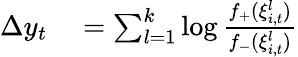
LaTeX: \begin{array}{rl}{\Delta y_{t}}&{{}=\sum_{l=1}^{k}\log\frac{f_{+}(\xi_{i,t}^{l})}{f_{-}(\xi_{i,t}^{l})}}\end{array}